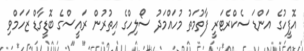
އޮފީހުގެ އަންޑަ ސެކްރެޓަރީ ފާތުމަތު މުހައްމަދު ސޯލިހްގެ އިތުރުން ރައީސްގެ ބޮޑީގާޑް ޒަހަމްވި